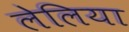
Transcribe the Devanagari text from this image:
लेलिया